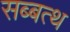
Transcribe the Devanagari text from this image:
सब्बत्थ